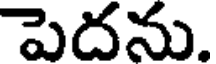
పెదను.